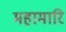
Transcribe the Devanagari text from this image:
महामारि